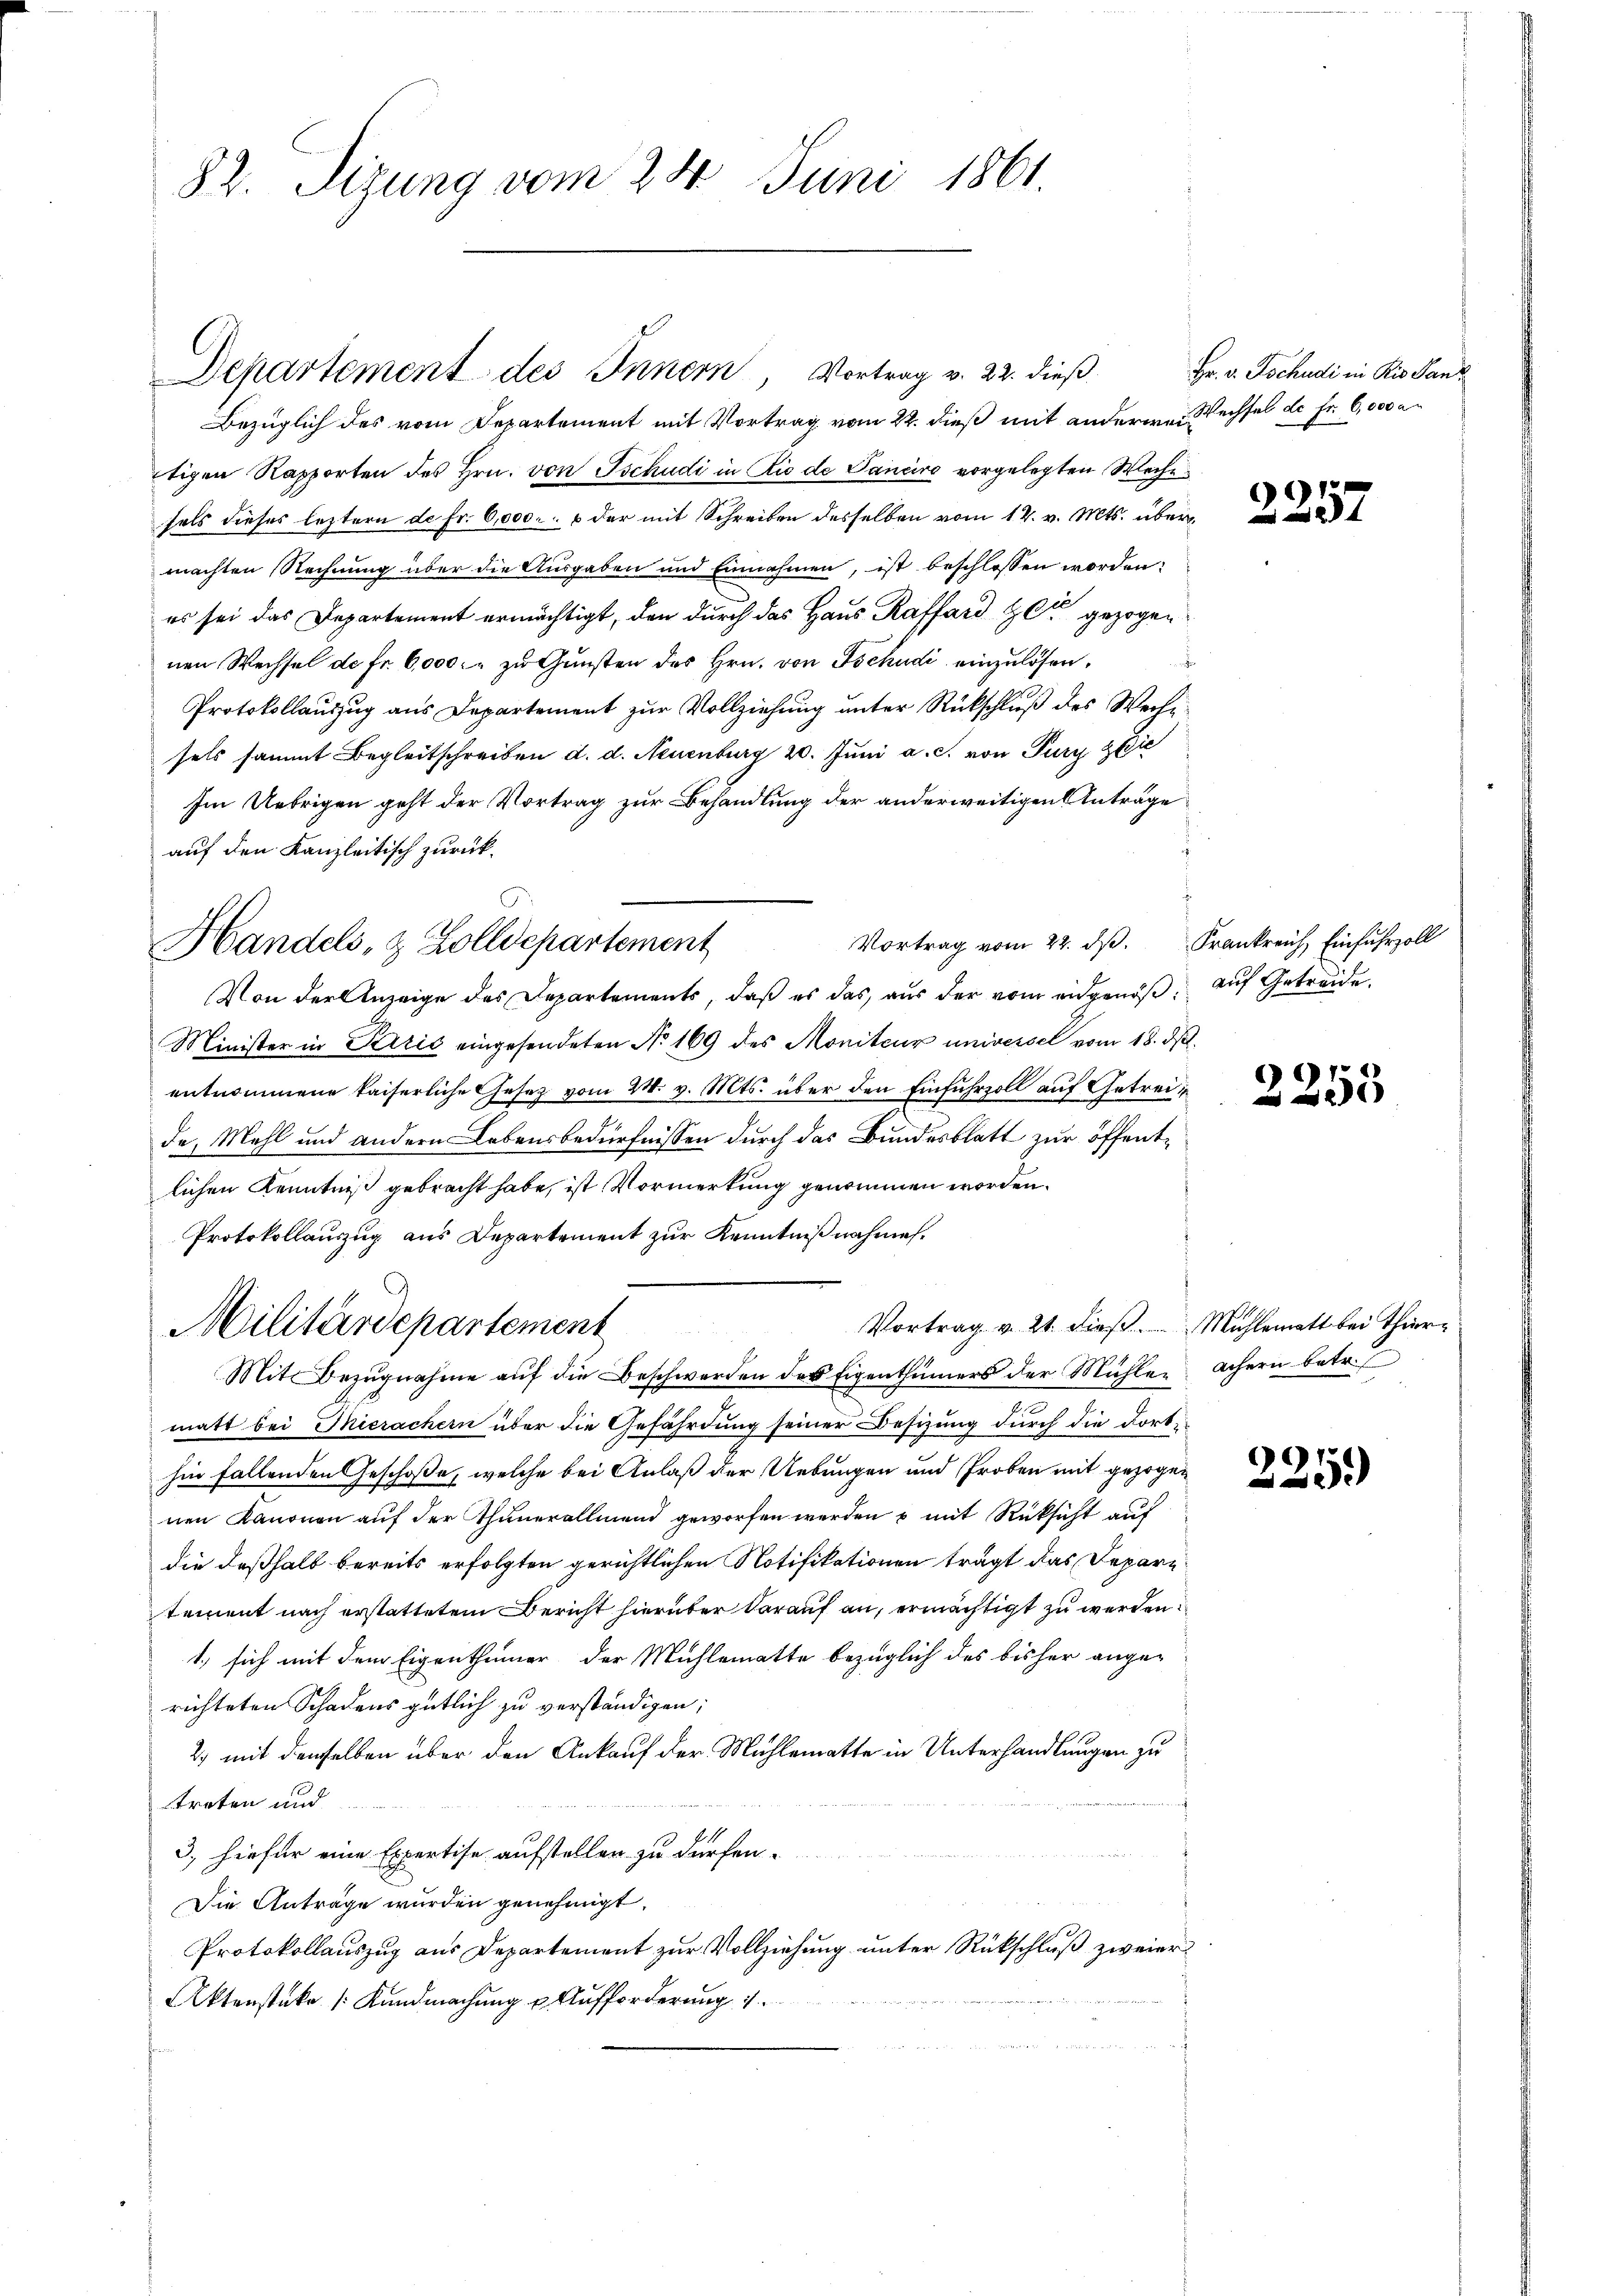
82. Sizung vom 24. Juni 1861.

Departement des Innern, Vortrag v. 22. dieß

Bezüglich des vom Departement mit Vortrag vom 22. dieß mit andere Wechsel de Fr. 6,000 an
tigen Rapporten des Hrn. von Tschudi in die de Sancire vorgelegten Woche
sels dieses leztern de Fr. 6,000.- & der mit Schreiben desselben vom 12. v. Mts. übermachten Rechnung über die Ausgaben und Einnahmen, ist beschlossen worden:
es sei das Departement ermächtigt, den durch das Haus Raffard zu gezogen
nen Wechsel de fr. 6000. zu Gunsten des Hrn. von Tschudi einzulösen,
Protokollauszug aus Departement zur Vollziehung unter Rückschluß des Weche
sels sammt Begleitschreiben d. d. Neuenburg 20. Juni a. c. von Pury zie
Im Uebrigen geht der Vortrag zur Behandlung der anderweitigen Anträge
auf den Kanzleitisch zurück¬
Von der Anzeige des Departements, daß es das, aus der vom eidgenoß, auf Getreide
Minister in Krić eingesendeten No 169 des Moniteur universel vom 18. ds.
entnommene kaiserliche Gesetz vom 24. v. Mts. über den Einfuhrzoll auf Getreit
de, Mehl und andern Lebensbedürfnissen durch das Bundesblatt zur öffentlichen Kenntniß gebracht habe, ist Vormerkung genommen worden.
Protokollauszug aus Departement zur Kenntnißnahme.
Vortrag v. 21. dieß. Mühlematt bei Thier¬
Militärdepartement
Mit Bezugnahme auf die Beschwerden des Eigenthümers der Mühlen achern betr.
matt bei Thierachern über die Gefährdung seiner Besizung durch die Forte
hin fallenden Geschoße, welche bei Anlaß der Uebungen und Proben mit gezogen
nen Kanonen auf der Thunerallmend geworfen werden u mit Rücksicht auf
die deßhalb bereits erfolgten gerichtlichen Notifikationen trägt das Depari
tement nach erstattetem Bericht hierüber darauf an, ermächtigt zu werden
1.) sich mit dem Eigenthümer der Mühlematte bezüglich des bisher ange-
richteten Schadens gütlich zu verständigen;
2) mit demselben über den Ankauf der Mühlematte in Unterhandlungen zu
treten und
3, hiefür eine Expertise aufstellen zu dürfen.
Die Anträge wurden genehmigt.
Protokollauszug aus Departement zur Vollziehung unter Rückschluß zweier
Aktenstüke /: Kundmachung u. Aufforderung

Handels- & Zolldepartement

Hr. v. Tschudi in Kis Pan

.
.
Vortrag vom 22. d. Frankreich, Einfuhrzoll

2257

2253

225.)